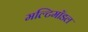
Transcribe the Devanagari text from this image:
मल्टिमॉडल